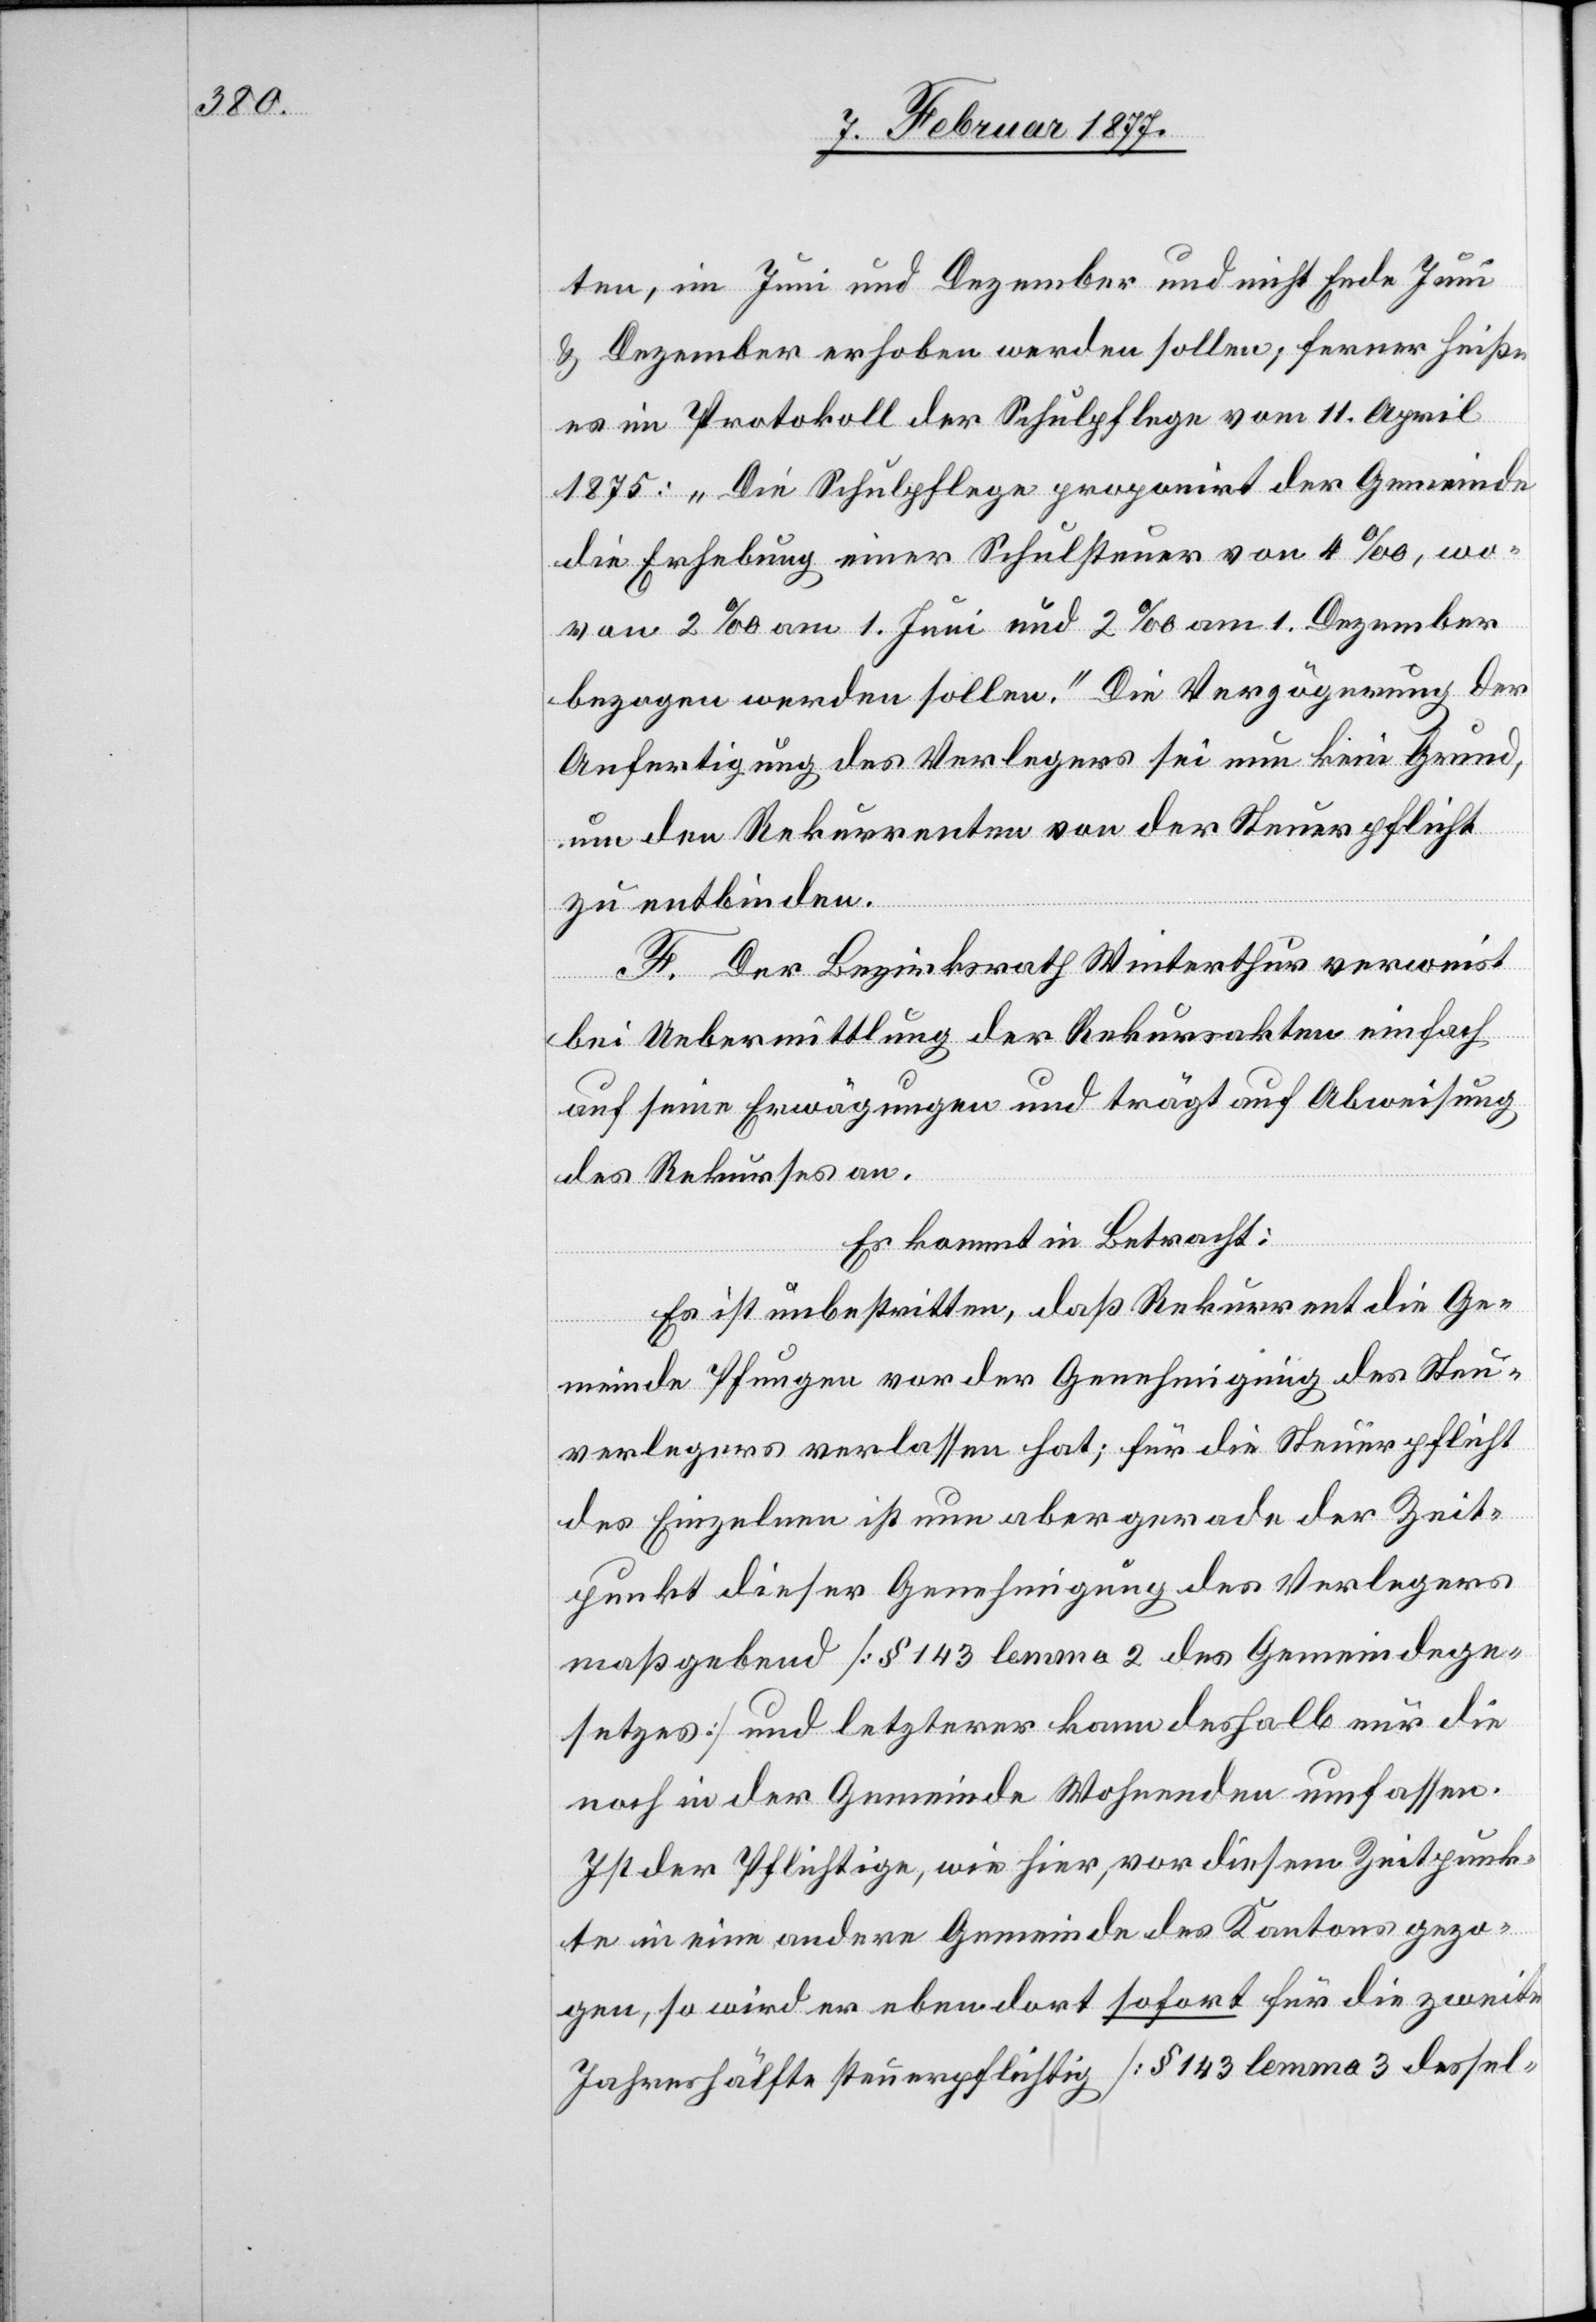
ten, im Juni und Dezember und nicht Ende Juni
& Dezember erhoben werden sollen; ferner heiße
es im Protokoll der Schulpflege vom 11. April
1875: „Die Schulpflege proponirt der Gemeinde
die Erhebung einer Schulsteuer von 4‰, wo¬
von 2‰ am 1. Juni und 2‰ am 1. Dezember
bezogen werden sollen.“ Die Verzögerung der
Anfertigung des Verlegers sei nun kein Grund,
um den Rekurrenten von der Steuerpflicht
zu entbinden.
F. Der Bezirksrath Winterthur verweist
bei Uebermittlung der Rekursakten einfach
auf seine Erwägungen und trägt auf Abweisung
des Rekurses an.
Es kommt in Betracht:
Es ist unbestritten, daß Rekurrent die Ge¬
meinde Pfungen vor der Genehmigung des Steuer¬
verlegers verlassen hat; für die Steuerpflicht
des Einzelnen ist nun aber gerade der Zeit¬
punkt dieser Genehmigung des Verlegers
maßgebend [§ 143 lemma 2 des Gemeindege¬
setzes] und letzterer kann deshalb nur die
noch in der Gemeinde Wohnenden umfassen.
Ist der Pflichtige, wie hier, vor diesem Zeitpunk¬
te in eine andere Gemeinde des Kantons gezo¬
gen, so wird er eben dort sofort für die zweite
Jahreshälfte steuerpflichtig [§ 143 lemma 3 dessel-